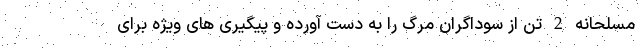
مسلحانه 2 تن از سوداگران مرگ را به دست آورده و پیگیری های ویژه برای